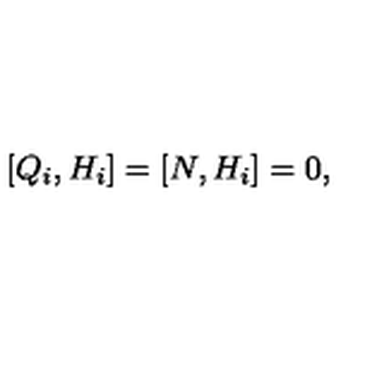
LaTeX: [ Q _ { i } , H _ { i } ] = [ N , H _ { i } ] = 0 ,